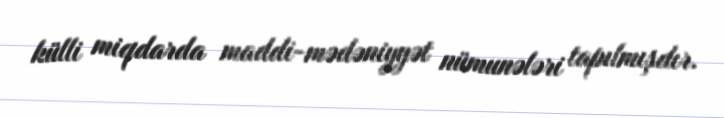
külli miqdarda maddi-mədəniyyət nümunələri tapılmışdır.